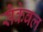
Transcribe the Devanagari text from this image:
सेकेवल